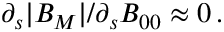
\partial _ { s } | B _ { M } | / \partial _ { s } B _ { 0 0 } \approx 0 \, .